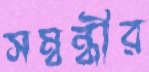
সম্বন্ধীর